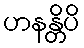
ဟနန္တိပိ